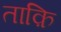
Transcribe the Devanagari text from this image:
ताक़ि